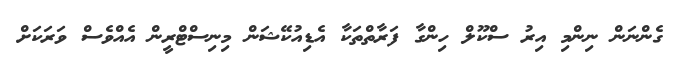
ގެންނަން ނިންމި އިރު ސްކޫލް ހިންގާ ފަރާތްތަކާ އެޑިއުކޭޝަން މިނިސްޓްރީން އެއްވެސް ވަރަކަށް